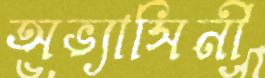
অভ্যাসিনী